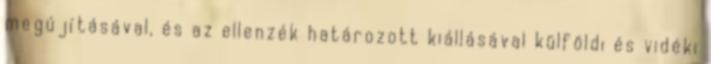
megújításával, és az ellenzék határozott kiállásával külföldi és vidéki